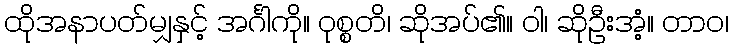
ထိုအနာပတ်မျှနှင့် အင်္ဂါကို။ ဝုစ္စတိ၊ ဆိုအပ်၏။ ဝါ၊ ဆိုဦးအံ့။ တာဝ၊